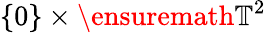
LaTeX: \{ 0\} \times\ensuremath{\mathbb{T}}^{2}